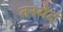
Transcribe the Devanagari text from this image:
तस्येदं